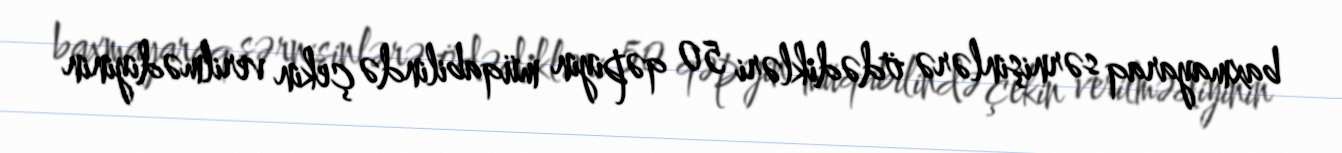
baxmayaraq sərnişinlərə ödədikləri 50 qəpiyin müqabilində çekin verilmədiyinin